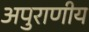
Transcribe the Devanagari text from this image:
अपुराणीय